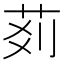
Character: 𦮓